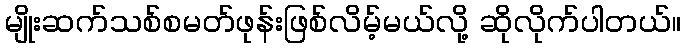
မျိုးဆက်သစ်စမတ်ဖုန်းဖြစ်လိမ့်မယ်လို့ ဆိုလိုက်ပါတယ်။